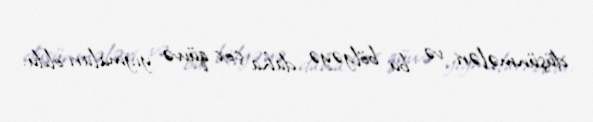
düşünmələri və bu bölgəyə daha çox qüvvə yığmaları oldu.